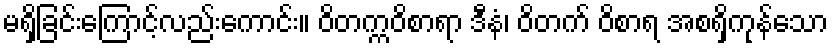
မရှိခြင်းကြောင့်လည်းကောင်း။ ဝိတက္ကဝိစာရာ ဒီနံ၊ ဝိတက် ဝိစာရ အစရှိကုန်သော